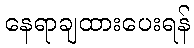
နေရာချထားပေးရန်